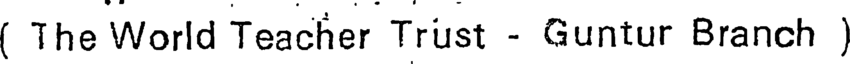
( The World Teacher Trust - Guntur Branch )